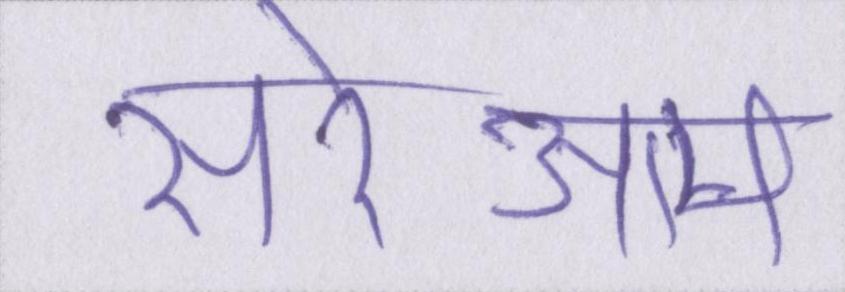
सरेआम